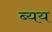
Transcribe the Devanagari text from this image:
ब्यय